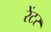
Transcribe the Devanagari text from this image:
रेंटर